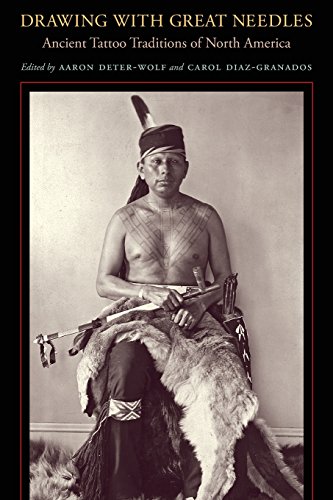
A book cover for Drawing with Great Needles: Ancient Tattoo Traditions of North America; Arts & Photography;